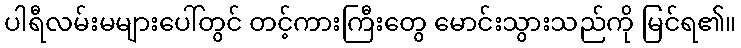
ပါရီလမ်းမများပေါ်တွင် တင့်ကားကြီးတွေ မောင်းသွားသည်ကို မြင်ရ၏။